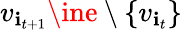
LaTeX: v_{\mathbf{i}_{t+1}}\ine\setminus\{ v_{\mathbf{i}_{t}}\}